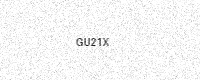
Text: GU21X